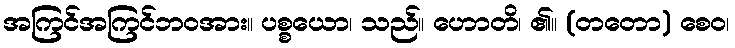
အကြင်အကြင်ဘဝအား။ ပစ္စယော၊ သည်။ ဟောတိ၊ ၏။ (တတော) စေဝ၊